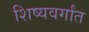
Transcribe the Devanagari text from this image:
शिष्यवर्गांत